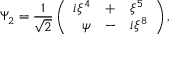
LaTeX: \Psi _ { 2 } = \frac { 1 } { \sqrt { 2 } } \left( \begin{array} { r c l } { { i \xi ^ { 4 } } } & { { + } } & { { \xi ^ { 5 } } } \\ { { \psi } } & { { - } } & { { i \xi ^ { 8 } } } \end{array} \right) ,